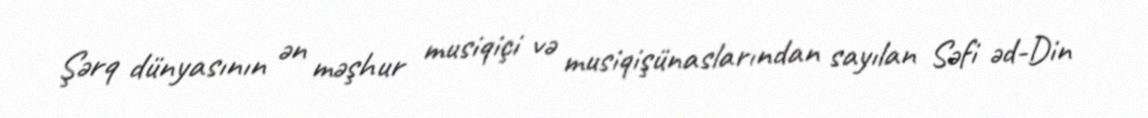
Şərq dünyasının ən məşhur musiqiçi və musiqişünaslarından sayılan Səfi əd-Din